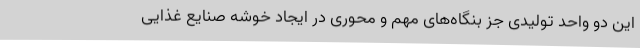
این دو واحد تولیدی جز بنگاه‌های مهم و محوری در ایجاد خوشه صنایع غذایی